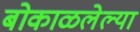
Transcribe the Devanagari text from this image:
बोकाळलेल्या